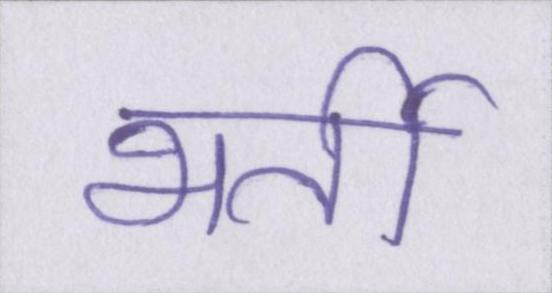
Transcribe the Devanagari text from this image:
भर्ती